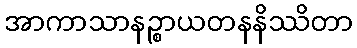
အာကာသာနဉ္စာယတနနိဿိတာ